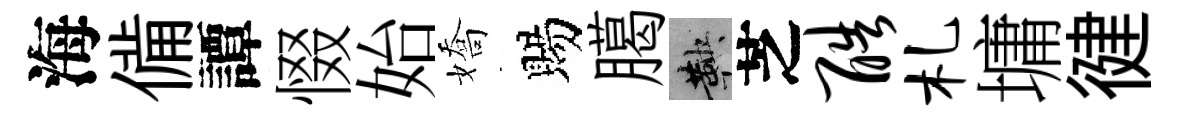
海備譚惙始嬌賜臈鞅芝酷札墉徤